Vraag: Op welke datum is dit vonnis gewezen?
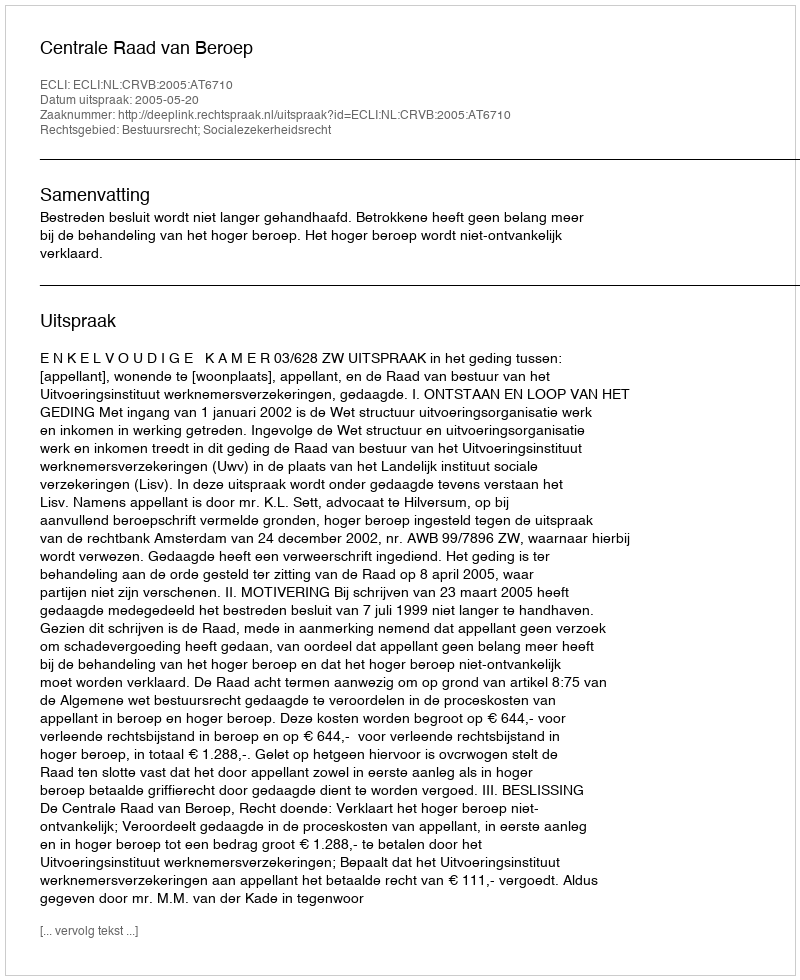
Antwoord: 2005-05-20